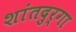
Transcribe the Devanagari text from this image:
शांतदुर्गा